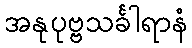
အနုပုဗ္ဗသင်္ခါရာနံ